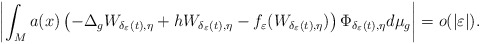
\begin{align*}\left|\int_{M}a(x)\left(-\Delta_{g}W_{\delta_{\varepsilon}(t),\eta}+hW_{\delta_{\varepsilon}(t),\eta}-f_{\varepsilon}(W_{\delta_{\varepsilon}(t),\eta})\right)\Phi_{\delta_{\varepsilon}(t),\eta}d\mu_{g}\right|=o(|\varepsilon|).\end{align*}